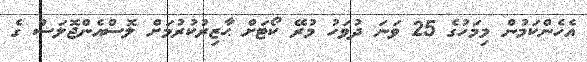
އެހެންކަމުން މިމަހުގެ 25 ވަނަ ދުވަހު މުރޭ ކޯޓަށް ޙާޒިރުކުރުމަށް ލޮސްއެންޖޮލަސް ގެ